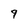
Character: 9